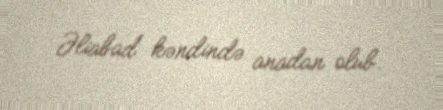
Əliabad kəndində anadan olub.